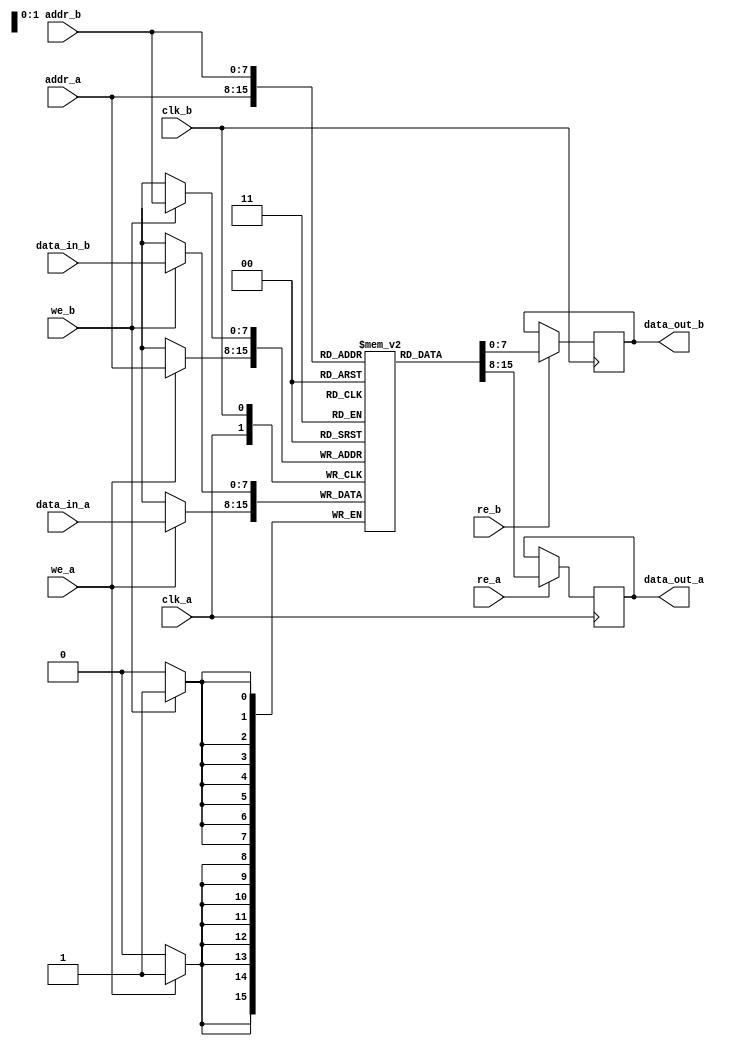
module dual_port_sram #(
    parameter ADDR_WIDTH = 8, // Address width
    parameter DATA_WIDTH = 8, // Data width
    parameter DEPTH = 256      // Depth of the memory array
)(
    input  wire                  clk_a,         // Clock for Port A
    input  wire                  clk_b,         // Clock for Port B
    input  wire [ADDR_WIDTH-1:0] addr_a,       // Address for Port A
    input  wire [ADDR_WIDTH-1:0] addr_b,       // Address for Port B
    input  wire [DATA_WIDTH-1:0] data_in_a,    // Data input for Port A
    input  wire [DATA_WIDTH-1:0] data_in_b,    // Data input for Port B
    input  wire                  we_a,          // Write enable for Port A
    input  wire                  we_b,          // Write enable for Port B
    input  wire                  re_a,          // Read enable for Port A
    input  wire                  re_b,          // Read enable for Port B
    output reg [DATA_WIDTH-1:0] data_out_a,    // Data output for Port A
    output reg [DATA_WIDTH-1:0] data_out_b     // Data output for Port B
);

    // Memory array declaration
    reg [DATA_WIDTH-1:0] mem [0:DEPTH-1];

    // Port A operations
    always @(posedge clk_a) begin
        if (we_a) begin
            // Write operation for Port A
            mem[addr_a] <= data_in_a;
        end
        if (re_a) begin
            // Read operation for Port A
            data_out_a <= mem[addr_a];
        end
    end

    // Port B operations
    always @(posedge clk_b) begin
        if (we_b) begin
            // Write operation for Port B
            mem[addr_b] <= data_in_b;
        end
        if (re_b) begin
            // Read operation for Port B
            data_out_b <= mem[addr_b];
        end
    end

endmodule